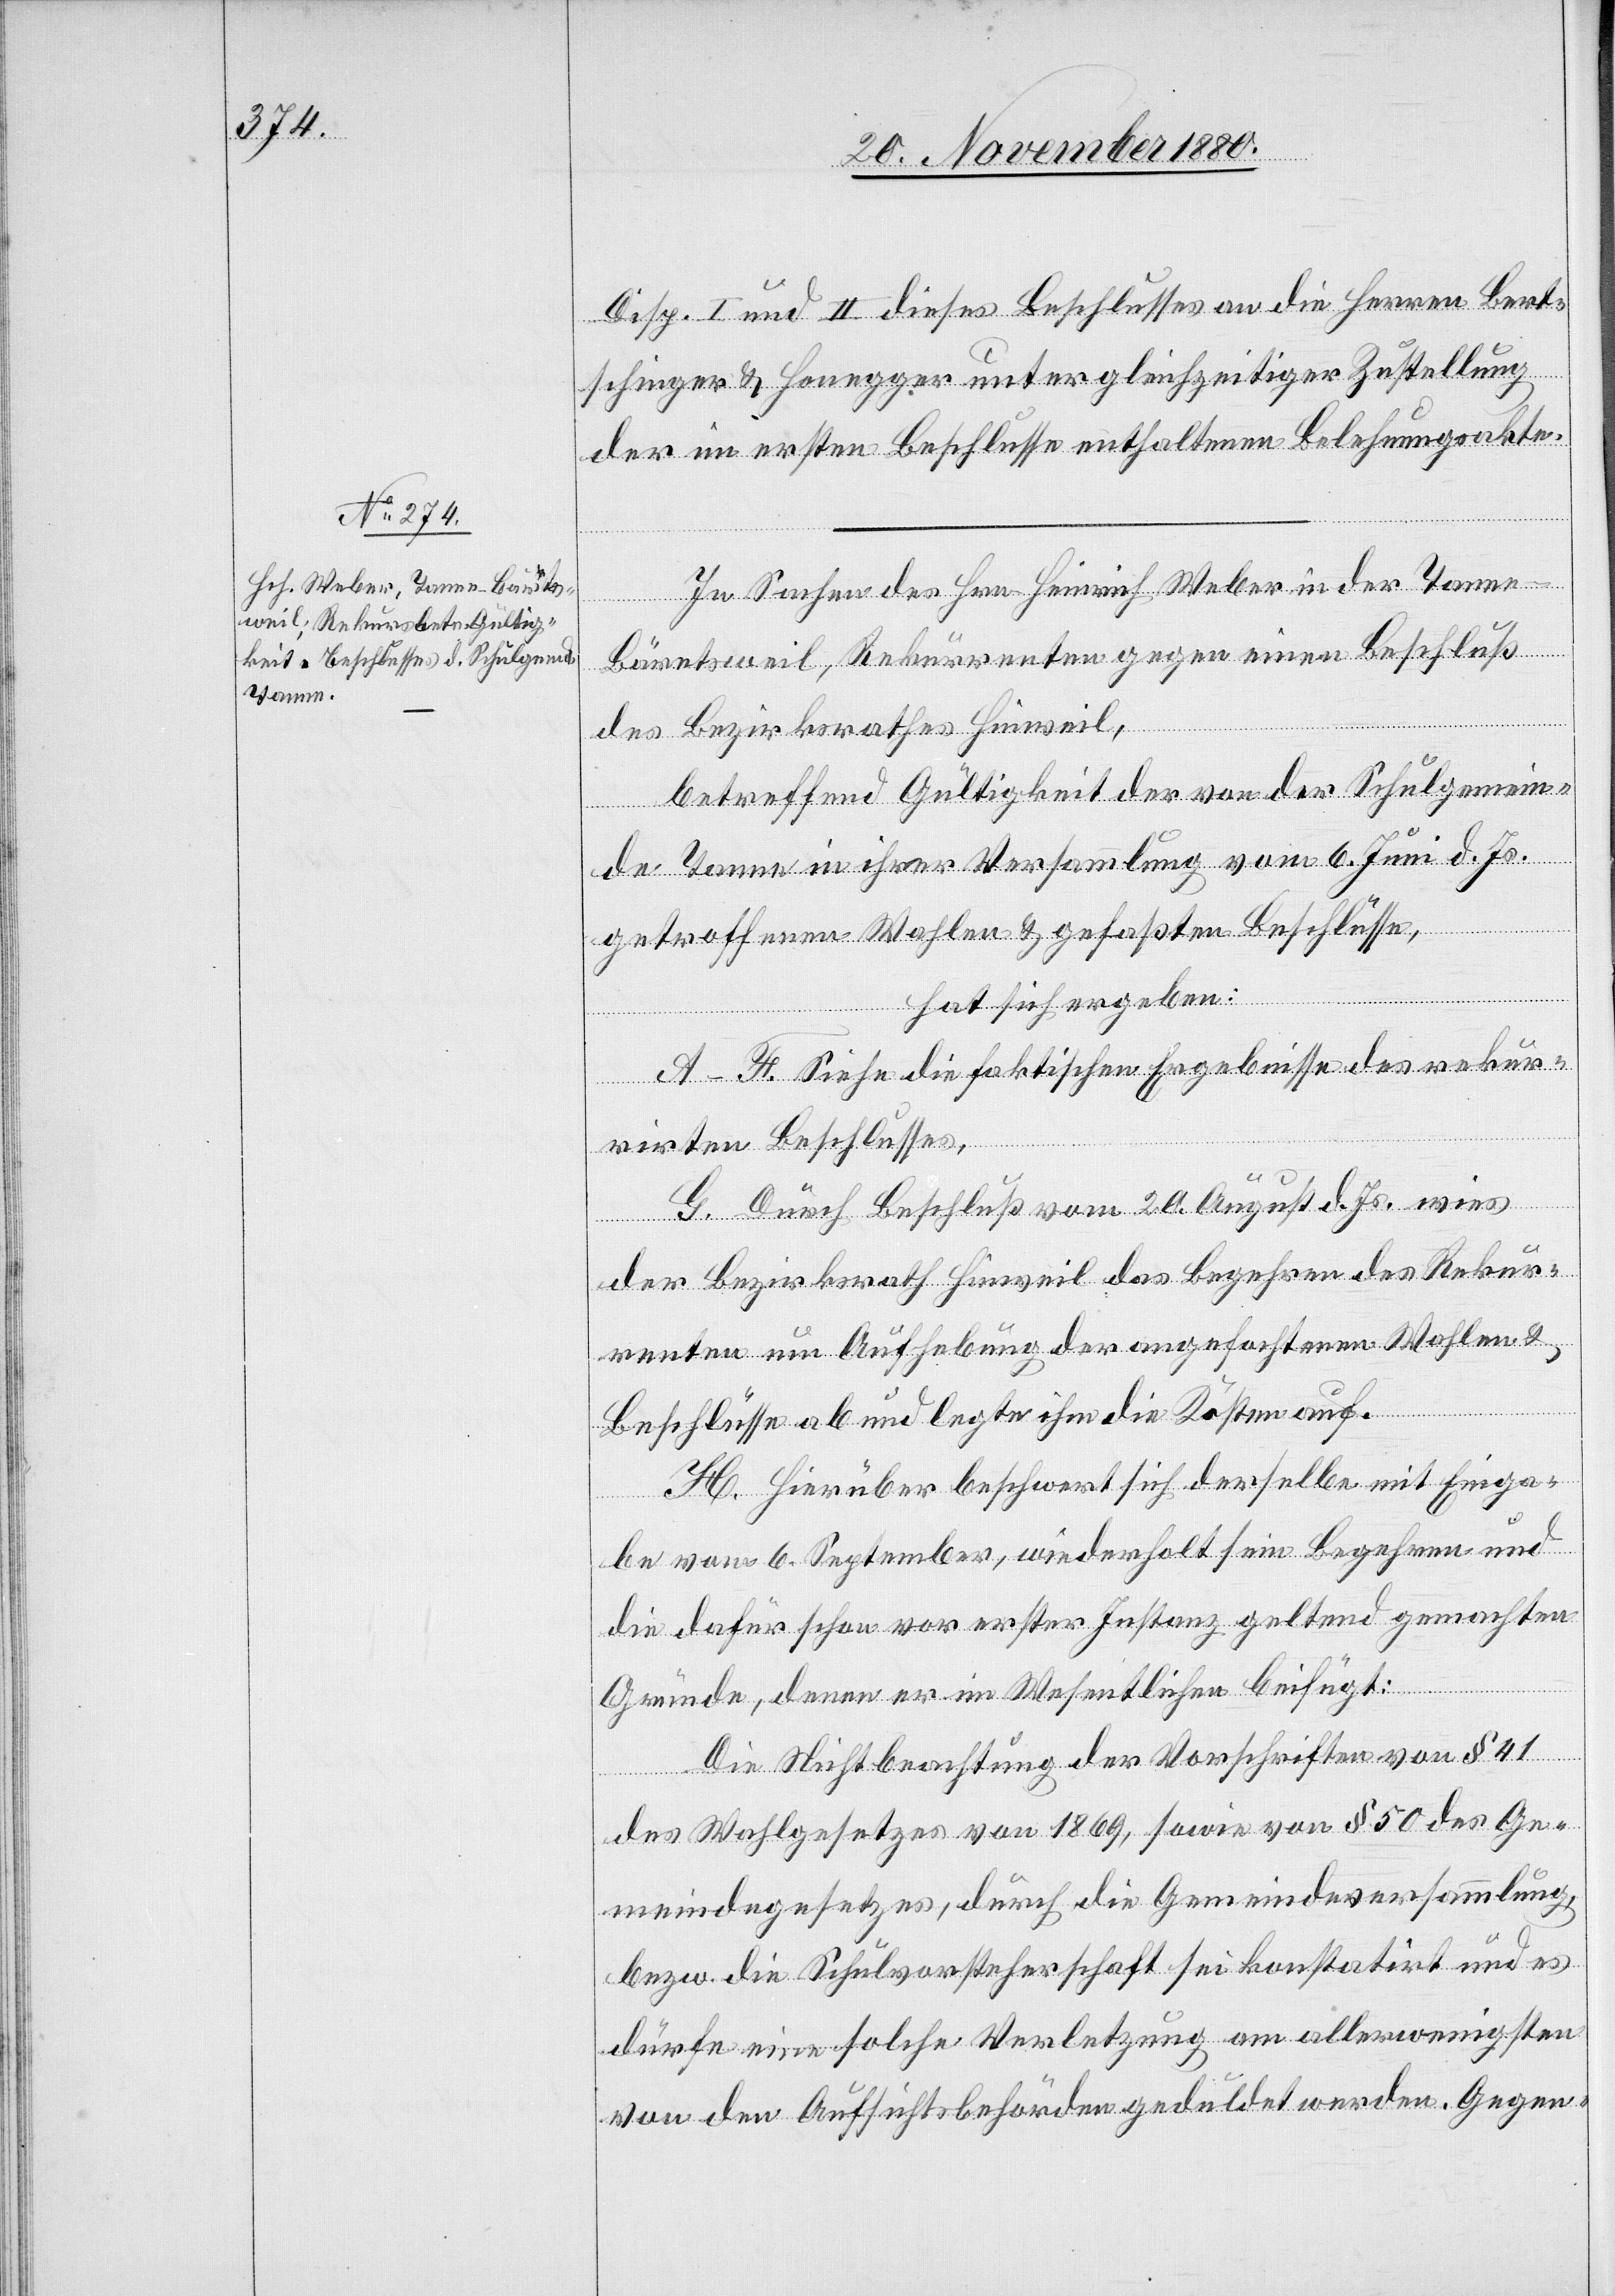
Disp. I. und II. dieses Beschlusses an die Herren Bert¬
schinger & Honegger unter gleichzeitiger Zustellung
der im ersten Beschlusses enthaltenen Belehnungsakte.
In Sachen des Hrn. Heinrich Weber in der Tanne
Bäretsweil, Rekurrenten gegen einen Beschluß
des Bezirkrathes Hinweil,
betreffend Gültigkeit der von der Schulgemein¬
de Tanne in ihrer Versammlung vom 6. Juni d. Js.
getroffenen Wahlen & gefaßten Beschlüsse,
hat sich ergeben:
A–F. Siehe die faktischen Ergebnisse des rekur¬
rirten Beschlusses.
G. Durch Beschluß vom 20. August d. Js. wies
der Bezirksrath Hinweil das Begehren des Rekur¬
renten um Aufhebung der angefochtenen Wahlen &
Beschlüsse ab und legte ihm die Kosten auf.
H. Hierüber beschwert sich derselbe mit Einga¬
be vom 6. September, wiederholt sein Begehren und
die dafür schon vor erster Instanz geltend gemachten
Gründe, denen er im Wesentlichen beifügt:
Die Nichtbeachtung der Vorschriften von § 41
des Wahlgesetzes von 1869, sowie von § 50 des Ge¬
meindegesetzes, durch die Gemeindeversammlung,
bezw. die Schulvorsteherschaft sei konstatirt und es
dürfe eine solche Verletzung am allerwenigsten
von den Aufsichtsbehörden geduldet werden. Gegen-